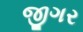
જીગર